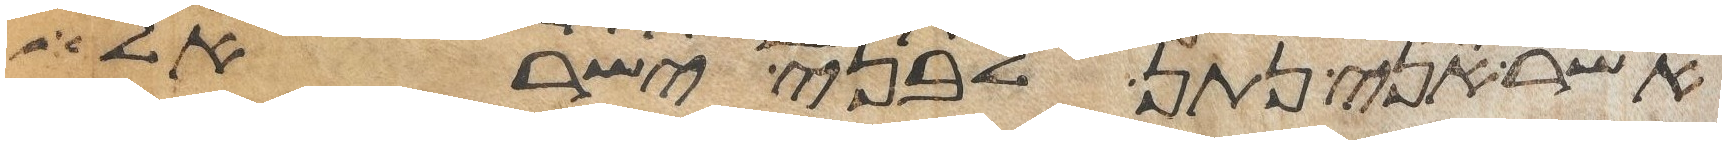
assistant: אשר אני נתן לבני ישראל